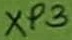
Text: XP3